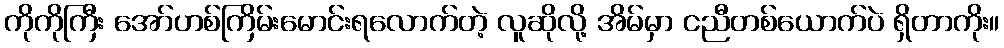
ကိုကိုကြီး အော်ဟစ်ကြိမ်းမောင်းရလောက်တဲ့ လူဆိုလို့ အိမ်မှာ ငညီတစ်ယောက်ပဲ ရှိတာကိုး။